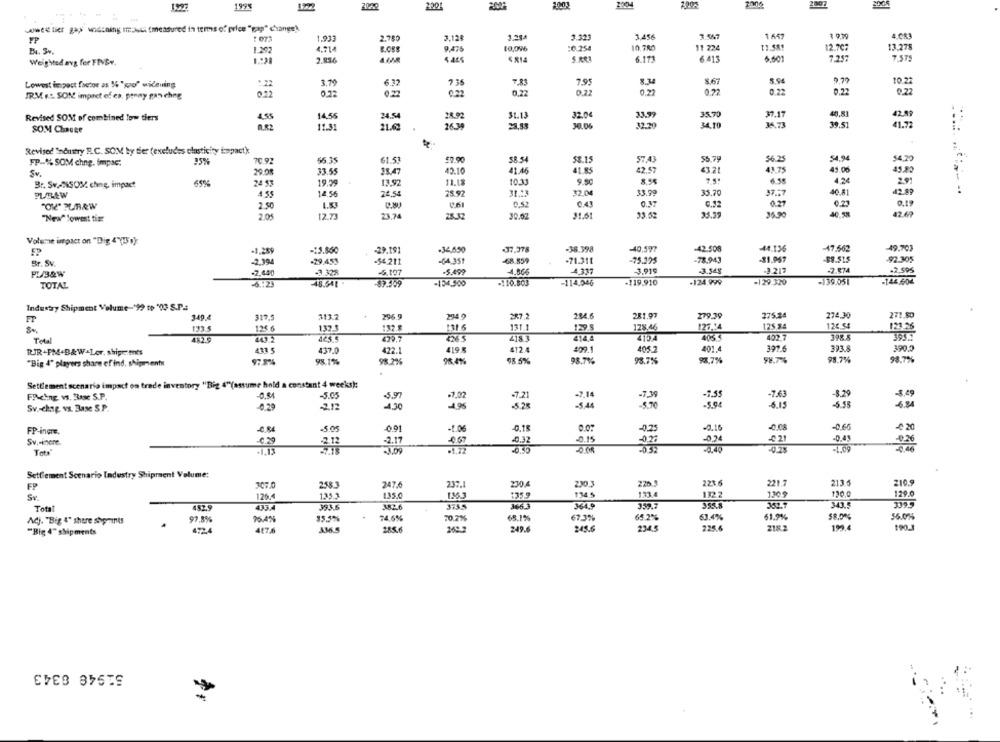
1527
199%
2020
welt tier gaps wodcning im Au (measured in tens of price "gap" change)
1.933
3.124
3.23.
3.323
3.456
3.547
1 647
4.083
FP
1.292
4.714
B.OBS
9,475
10,096
:0.254
10.780
11 224
11.589
12.7C?
13.278
5.At1
6.173
6 413
6.601
7.217
7.575
Weighted avg fer FIVBw.
3.79
6.32
7.83
7.9
5.9
10.22
Lowest impact factor as 1% "go" widening
:22
736
0.22
IRM F.L. SON impact of es, penny pas chng
0.22
0.72
0.22
0.22
0.22
0.22
Revised SOM of combined low tiers
4.55
14.56
24.54
28.92
31.13
32.04
33.99
35.70
37.17
42.99
ARZ
11.31
30.06
12.30
34,10
36.73
39.51
41.72
SOM Change
Revised Industry HL.C. SOM by tier (excludes elasticity impactk
54.94
FP-% SOM chng. Impac:
15%
70.92
61.51
£9.90
58. 54
53.15
57.43
55 79
56 25
54.20
33.55
35.47
42.10
41.46
41.85
42.57
43.21
43.75
45.06
45.30
Sv.
424
Br. Sv.NSOM chng, impact
65%
24 53
19.09
13.92
11.13
10.33
9.80
2.91
PUREW
14.56
24.54
7892
32.04
33.99
35.70
37.17
40.81
9.19
"OK" PLARW
2.50
0.61
0.43
0.37
6.12
0.27
0.21
2.05
12.73
23.74
28.32
30.02
31.61
33.52
35.39
35.90
40.52
42.69
"New" lowest tis:
Volume impact on "Dig 4"( 1)
52
-1259
-13.860
-29.19
.34,650
-37.378
-38.398
40.597
-42.508
-44.13%
-47.662
49.703
-29.453
-64,351
-68.859
-71.311
-75.395
-78.943
-81.957
-89.515
-92.305
Br. Sv.
-2.994
-$4 211
PL/B&W
-2,440
-3.328
-5. 197
5.499
4.866
4.337
3.919
3.548
3.217
-2.874
.2.595
-6 .: 23
-134,500
-110.803
-114,046
-119.910
-124,999
-129.320
-139.051
-144.604
TOTAL
48.541
Industry Shipment Volume-'99 to "03 S.P.
FT
340 4
317.5
313.2
296 9
287.2
204.6
281.97
279 39
275.24
274.30
271.80
132
132.
131 6
139.5
128. 46
125.84
124.54
121.26
125 6
131.1
126.14
Total
443 2
423 5
4265
414,4
4154
4035
402 7
4195
412.4
405 7
397.6
373.8
390.2
TUR .FM+B&W+Ler. shipretenes
433 5
437.0
422.1
49.1
401.
"Big 4" players share ef ind, shipments
97 844
98.1%
98.2%%
98.4%%
$8.5%
98.7%
98.75
98.74%
98.7%
98.7%
Settlement scenario impact on trade inventory "Big 4"(assume hold a constant 4 weeks):
-5.05
-7.21
-7.63
-8,49
FPicing vs. Base S.P.
-0,54
-5.97
-7,02
-7,14
-8.29
Sv .- chap vs. Base S.P.
0.29
-2.12
-4,30
-4.95
.5.28
6.15
-5.38
FP-ingre.
-5.05
-0.01
-1.06
-0.18
0.07
0.15
-0.08
-0.66
4 20
-0.23
-0.43
Sv .- inere.
-2.17
0,32
0.15
-0.24
Tots"
-3,09
-1.72
-1.09
Settlement Scenario Industry Shipment Volume:
230.4
213.5
FP
307.0
247.6
237.1
2303
225.
228
221.7
210.9
Sv.
120.4
1353
1.35.0
1363
135.9
133.4
1309
130.0
129.0
366.3
343.5
Total
452.9
433.4
393.6
382.6
364.
359.
352.7
97.8%
95.4%
$5.5%
74,6%
20.2%%
65.1%
61.9%%
56.0%
Adj. "Big 4" shere shpoints
67 3%
65.25
234
218
190
"Big 4" shipments
472.4
417.6
1365
2622
28.
51948 8343